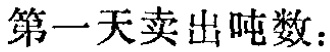
第一天卖出吨数：